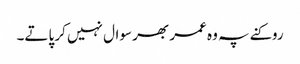
روکنے پہ وہ عمر بھر سوال نہیں کر پاتے۔